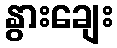
နွားချေး